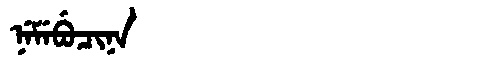
Manchu: ᠨᡝᠮᡝᠪᡠᠴᡳᠨᠠ
Romanization: NEMEBUCINA